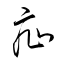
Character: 疝